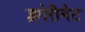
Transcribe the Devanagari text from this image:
क्लोरीनेट